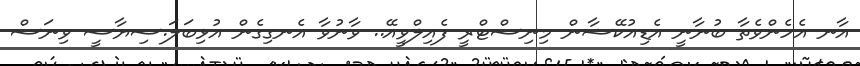
އާނ އެހެންވެތާ ބުނާނީ އެޑިއުކޭޝާން މިނިސްޓްރީ ފެއިލްވީއޭ.. ވާނުވާ އެނގިގެން އުޅިބަލަ.ސިޔާސީ ވިނަސް